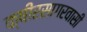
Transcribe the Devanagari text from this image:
क्षीरसागरवासी